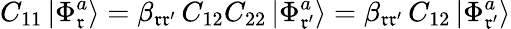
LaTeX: C_{11}\left|\Phi_{\mathfrak{r}}^{a}\right>=\beta_{\mathfrak{r}\mathfrak{r}^{\prime}}\, C_{12}C_{22}\left|\Phi_{\mathfrak{r}^{\prime}}^{a}\right>=\beta_{\mathfrak{r}\mathfrak{r}^{\prime}}\, C_{12}\left|\Phi_{\mathfrak{r}^{\prime}}^{a}\right>